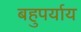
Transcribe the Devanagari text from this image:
बहुपर्याय